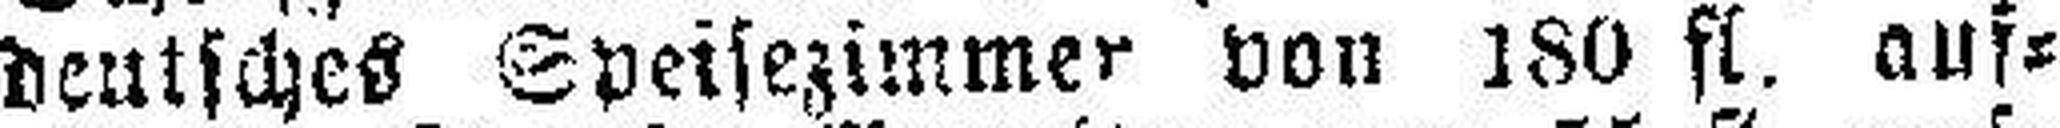
deutsches Speisezimmer von 180 fl. auf¬